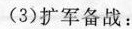
(3)扩军备战：